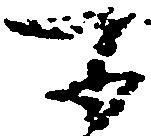
所